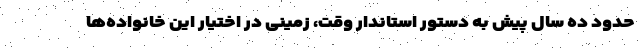
حدود ده سال پیش به دستور استاندار وقت، زمینی در اختیار این خانواده‌ها